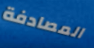
المصادفة